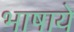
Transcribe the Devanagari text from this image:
भाषाये